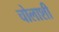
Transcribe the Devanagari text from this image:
चोलाशी